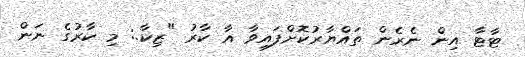
ޓާޓާ އިން ނެރެން ތައްޔާރުކޮށްފައިވާ އާ ކާރު "ޒިކާ.: މި ކާރުގެ ނަން